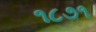
૧૮૭૧